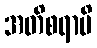
အတိစရာမိ